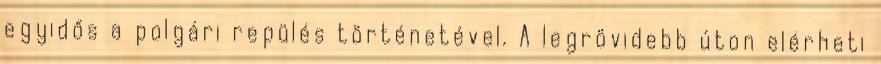
egyidős a polgári repülés történetével. A legrövidebb úton elérheti